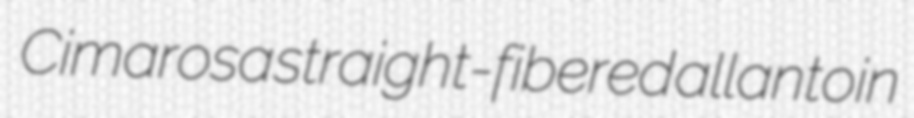
Cimarosa straight-fibered allantoin